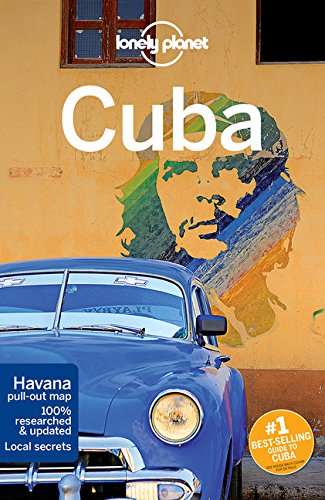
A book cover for Lonely Planet Cuba (Travel Guide); Brendan Sainsbury; Cookbooks, Food & Wine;